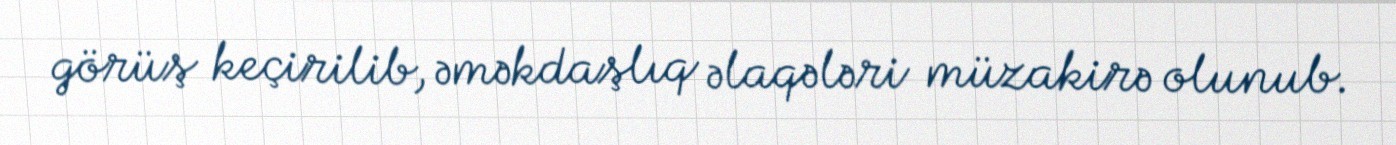
görüş keçirilib, əməkdaşlıq əlaqələri müzakirə olunub.